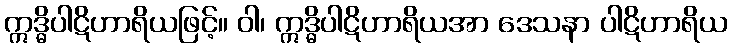
ဣဒ္ဓိပါဋိဟာရိယဖြင့်။ ဝါ၊ ဣဒ္ဓိပါဋိဟာရိယအာ ဒေသနာ ပါဋိဟာရိယ